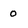
Character: o